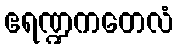
ဧရဏ္ဍကတေလံ